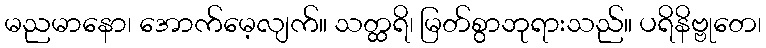
မညမာနော၊ အောက်မေ့လျက်။ သတ္ထရိ၊ မြတ်စွာဘုရားသည်။ ပရိနိဗ္ဗုတေ၊